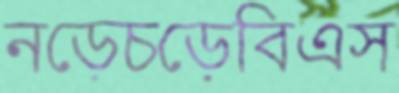
নড়েচড়েবিএস